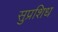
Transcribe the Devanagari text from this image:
सुप्रशिध